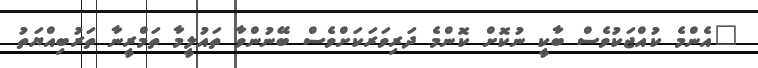
"އެންމެ ކުއްޖަކުވެސް ބާކީ ނުކޮށް ކޮންމެ ދަރިވަރަކަށްވެސް ބޭނުންވާ ތައުލީމާ ތަމްރީނާ ތަރުބިއްޔަތު